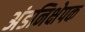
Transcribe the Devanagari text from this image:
अंडनिक्षेपक